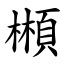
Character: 䫐